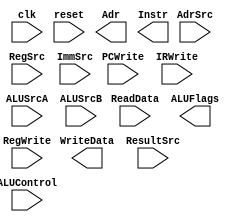
module datapath (
	clk,
	reset,
	Adr,
	WriteData,
	ReadData,
	Instr,
	ALUFlags,
	PCWrite,
	RegWrite,
	IRWrite,
	AdrSrc,
	RegSrc,
	ALUSrcA,
	ALUSrcB,
	ResultSrc,
	ImmSrc,
	ALUControl
);
	input wire clk;
	input wire reset;
	output wire [31:0] Adr;
	output wire [31:0] WriteData;
	input wire [31:0] ReadData;
	output wire [31:0] Instr;
	output wire [3:0] ALUFlags;
	input wire PCWrite;
	input wire RegWrite;
	input wire IRWrite;
	input wire AdrSrc;
	input wire [1:0] RegSrc;
	input wire [1:0] ALUSrcA;
	input wire [1:0] ALUSrcB;
	input wire [1:0] ResultSrc;
	input wire [1:0] ImmSrc;
	input wire [1:0] ALUControl;
	wire [31:0] PCNext;
	wire [31:0] PC;
	wire [31:0] ExtImm;
	wire [31:0] SrcA;
	wire [31:0] SrcB;
	wire [31:0] Result;
	wire [31:0] Data;
	wire [31:0] RD1;
	wire [31:0] RD2;
	wire [31:0] A;
	wire [31:0] ALUResult;
	wire [31:0] ALUOut;
	wire [3:0] RA1;
	wire [3:0] RA2;

	// Your datapath hardware goes below. Instantiate each of the 
	// submodules that you need. Remember that you can reuse hardware
	// from previous labs. Be sure to give your instantiated modules 
	// applicable names such as pcreg (PC register), adrmux 
	// (Address Mux), etc. so that your code is easier to understand.

	// ADD CODE HERE
endmodule